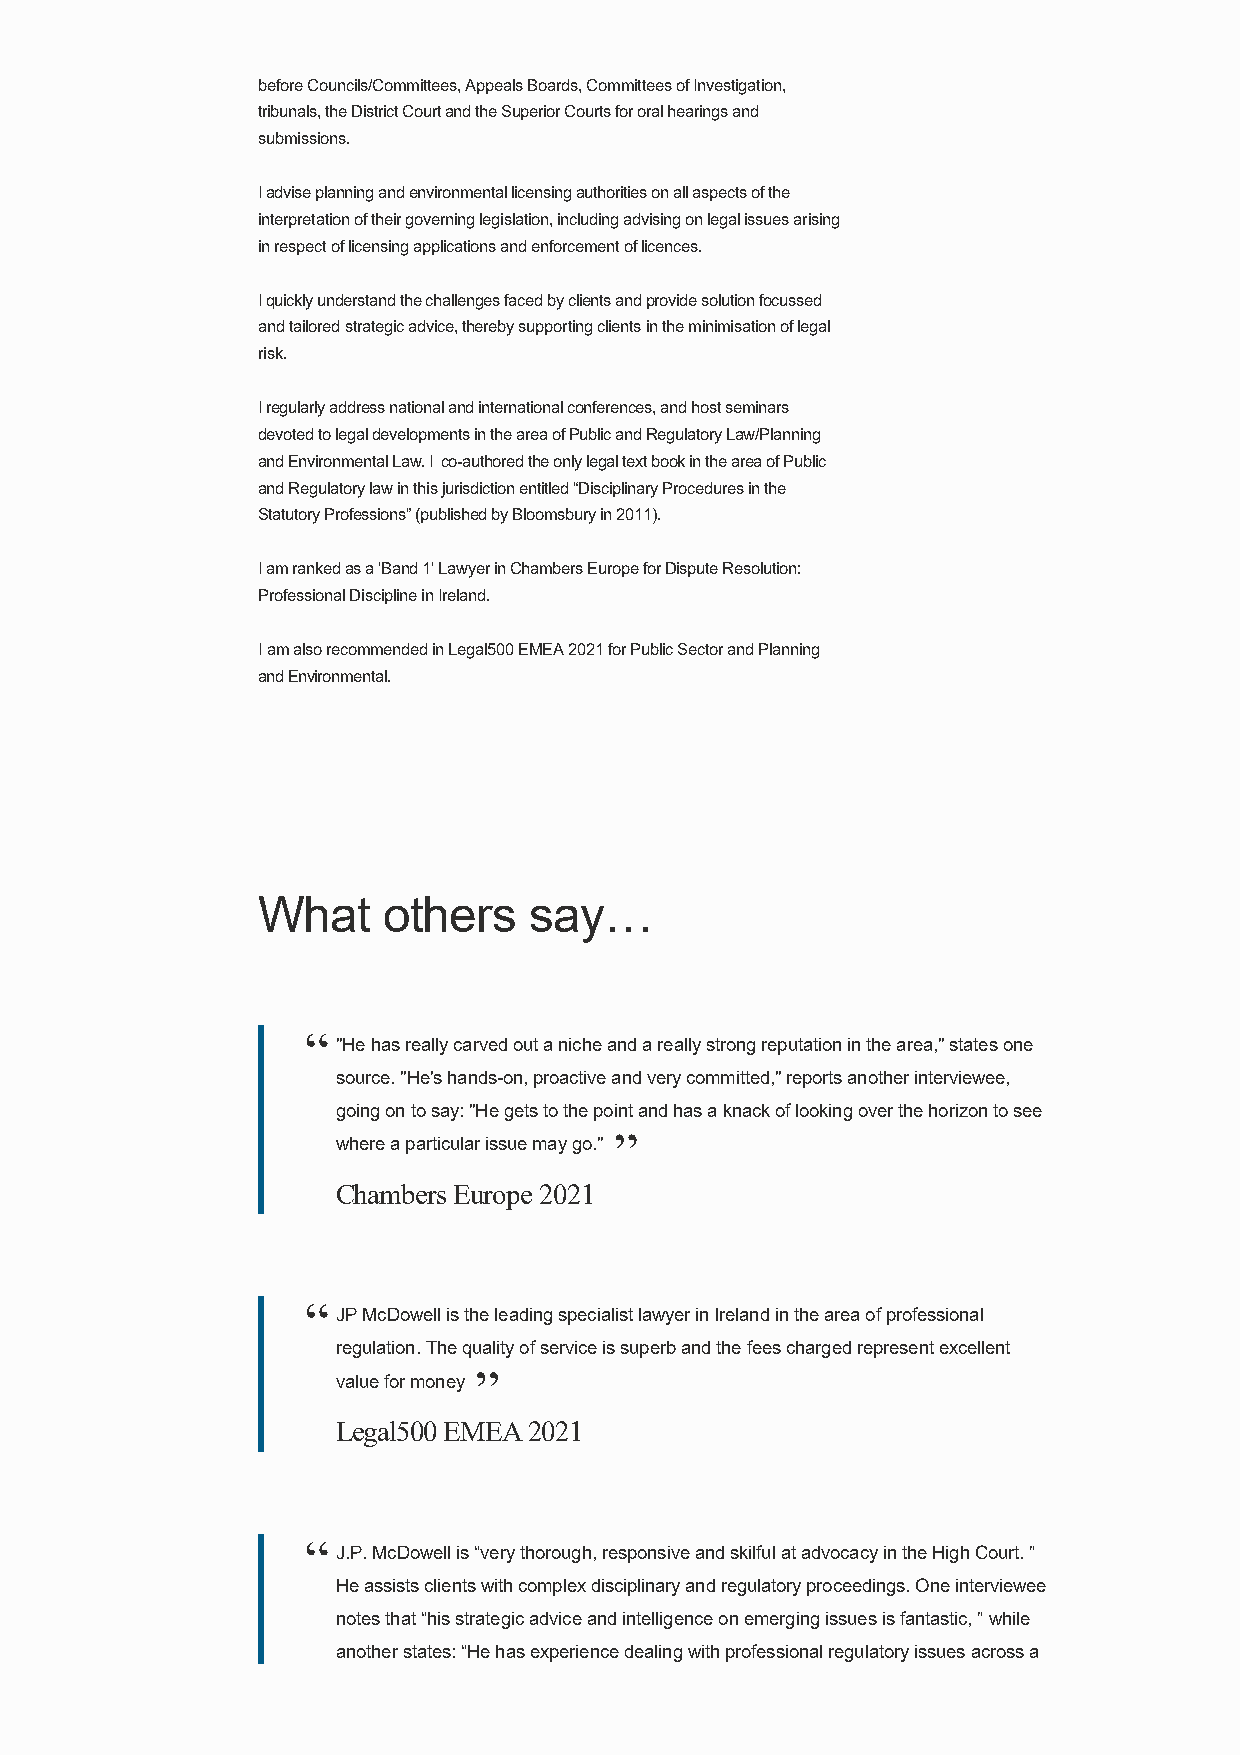
before Councils/Committees, Appeals Boards, Committees of Investigation,
 tribunals, the District Court and the Superior Courts for oral hearings and
 submissions.
 I advise planning and environmental licensing authorities on all aspects of the
 interpretation of their governing legislation, including advising on legal issues arising
 in respect of licensing applications and enforcement of licences.
 I quickly understand the challenges faced by clients and provide solution focussed
 and tailored strategic advice, thereby supporting clients in the minimisation of legal
 risk.
 I regularly address national and international conferences, and host seminars
 devoted to legal developments in the area of Public and Regulatory Law/Planning
 and Environmental Law. I co-authored the only legal text book in the area of Public
 and Regulatory law in this jurisdiction entitled “Disciplinary Procedures in the
 Statutory Professions” (published by Bloomsbury in 2011).
 I am ranked as a 'Band 1' Lawyer in Chambers Europe for Dispute Resolution:
 Professional Discipline in Ireland.
 I am also recommended in Legal500 EMEA 2021 for Public Sector and Planning
 and Environmental.
 What    others    say…
 “
 "He has really carved out a niche and a really strong reputation in the area," states one
 source. "He's hands-on, proactive and very committed," reports another interviewee,
 going on to say: "He gets to the point and has a knack of looking over the horizon to see
 ”
 where a particular issue may go."
 Chambers Europe 2021
 “
 JP McDowell is the leading specialist lawyer in Ireland in the area of professional
 regulation. The quality of service is superb and the fees charged represent excellent
 ”
 value for money
 Legal500 EMEA 2021
 “
 J.P. McDowell is “very thorough, responsive and skilful at advocacy in the High Court. ”
 He assists clients with complex disciplinary and regulatory proceedings. One interviewee
 notes that “his strategic advice and intelligence on emerging issues is fantastic, ” while
 another states: “He has experience dealing with professional regulatory issues across a